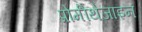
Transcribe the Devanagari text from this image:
प्रोमीथेजाइन